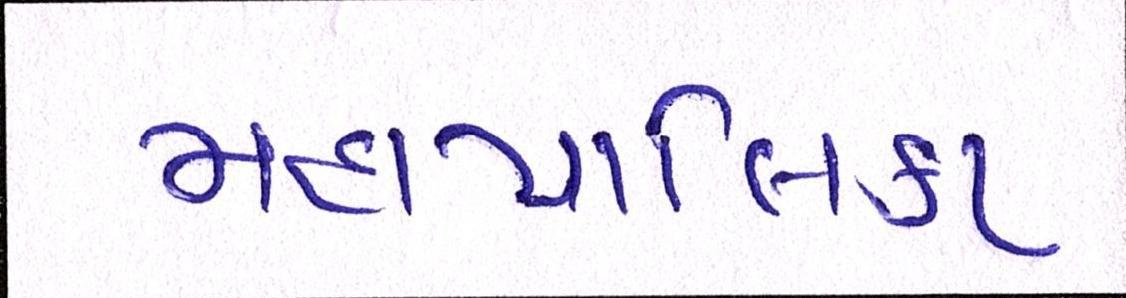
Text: મહાપાલિકા